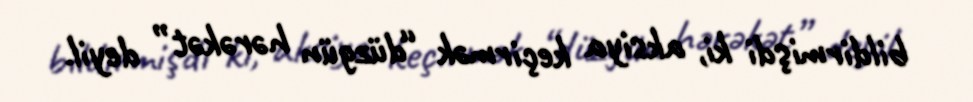
bildirmişdi ki, aksiya keçirmək “düzgün hərəkət” deyil.